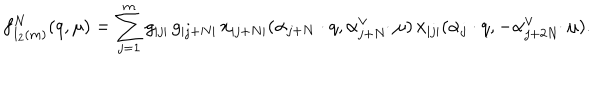
f _ { I _ { 2 } ( m ) } ^ { N } ( q , \mu ) = \sum _ { j = 1 } ^ { m } g _ { | j | } \, g _ { | j + N | } \, x _ { | j + N | } ( \alpha _ { j + N } \cdot q , \alpha _ { j + N } ^ { \vee } \! \! \cdot \mu ) \, x _ { | j | } ( \alpha _ { j } \cdot q , - \alpha _ { j + 2 N } ^ { \vee } \! \! \cdot \mu ) .